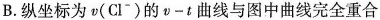
B.纵坐标为v(Cl^{-})的ν-t曲线与图中曲线完全重合